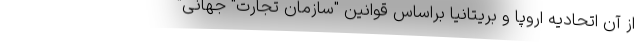
از آن اتحادیه اروپا و بریتانیا براساس قوانین "سازمان تجارت" جهانی"